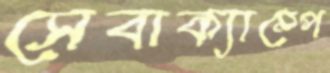
সেবাক্যাম্পে